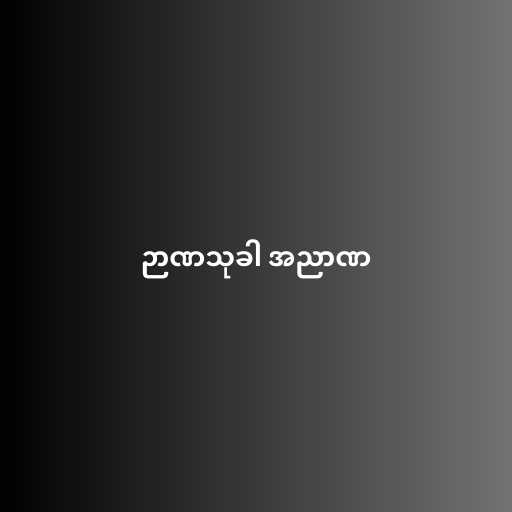
ဉာဏသုခါ အညာဏ